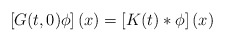
\begin{align*} \left[G(t,0)\phi\right](x)=\left[K(t)*\phi\right](x) \end{align*}